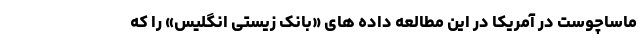
ماساچوست در آمریکا در این مطالعه داده های «بانک زیستی انگلیس» را که